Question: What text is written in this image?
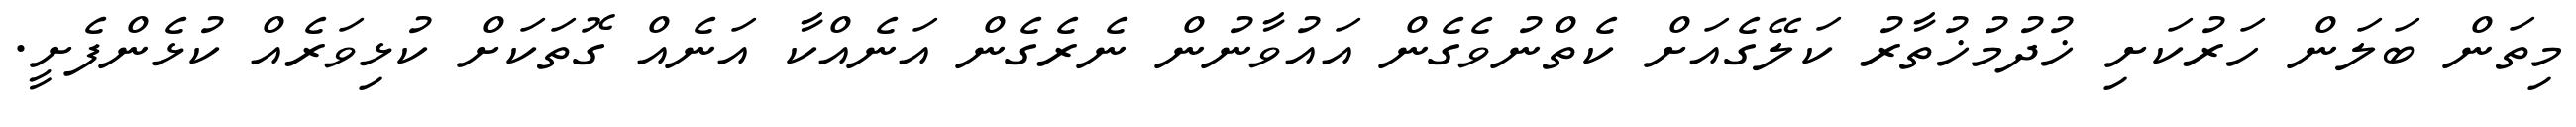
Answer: މިތަން ބަލަން ހަރުކަށި ޚުދުމުޚުތާރު ކަލޭގެއަށް ކެތްނުވެގެން އައުވާނުން ނެރެގެން އަނެއްކާ އަނެއް ގޮތަކަށް ކުޅިވަރެއް ކުޅެންފެށީ.